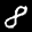
Label: 8